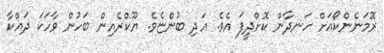
ރޮމަނެންކޯއަށް ހަނދާން ކޮށްދީފަ އެވެ. އަދި ބުންޏެވެ. ޔޫކްރެއިން ބަހުން ވާހަކަ ދައްކާ